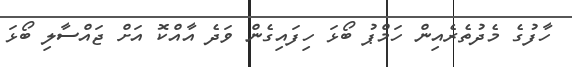
ހާފުގެ މެދުތެރެއިން ހަމްޕު ބޯޅަ ހިފައިގެން ވަދެ އާއްކޮ އަށް ޖައްސާލި ބޯޅަ